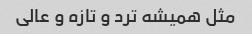
مثل همیشه ترد و تازه و عالی